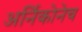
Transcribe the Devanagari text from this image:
अर्निकोनेच